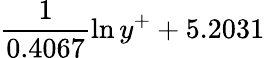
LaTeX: \frac{1}{0.4067}\ln{y^{+}}+5.2031